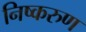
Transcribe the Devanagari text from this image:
निष्करुण